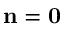
\mathbf { n } = \mathbf { 0 }